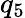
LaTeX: q_{5}